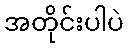
အတိုင်းပါပဲ